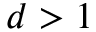
d > 1